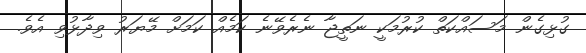
ގުޅިގެން މަސައްކަތް ކުރުމަކީ ނަތީޖާ ނެރެވޭނެ ކަމެއް ކަމަށް މޭޔަރު ވިދާޅުވި އެވެ.